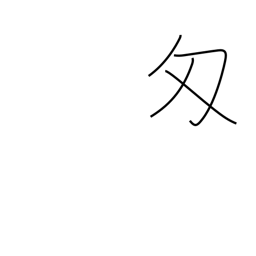
Meaning: monme